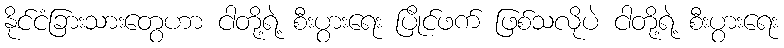
နိုင်ငံခြားသားတွေဟာ ငါတို့ရဲ့ စီးပွားရေး ပြိုင်ဖက် ဖြစ်သလိုပဲ ငါတို့ရဲ့ စီးပွားရေး